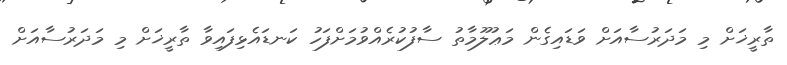
ތާރީޚަށް މި މަދަރުސާއަށް ވަޑައިގެން މަޢުލޫމާތު ސާފުކުރެއްވުމަށްފަހު ކަނޑައެޅިފައިވާ ތާރީޚަށް މި މަދަރުސާއަށް